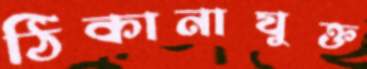
ঠিকানাযুক্ত